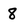
Character: 8